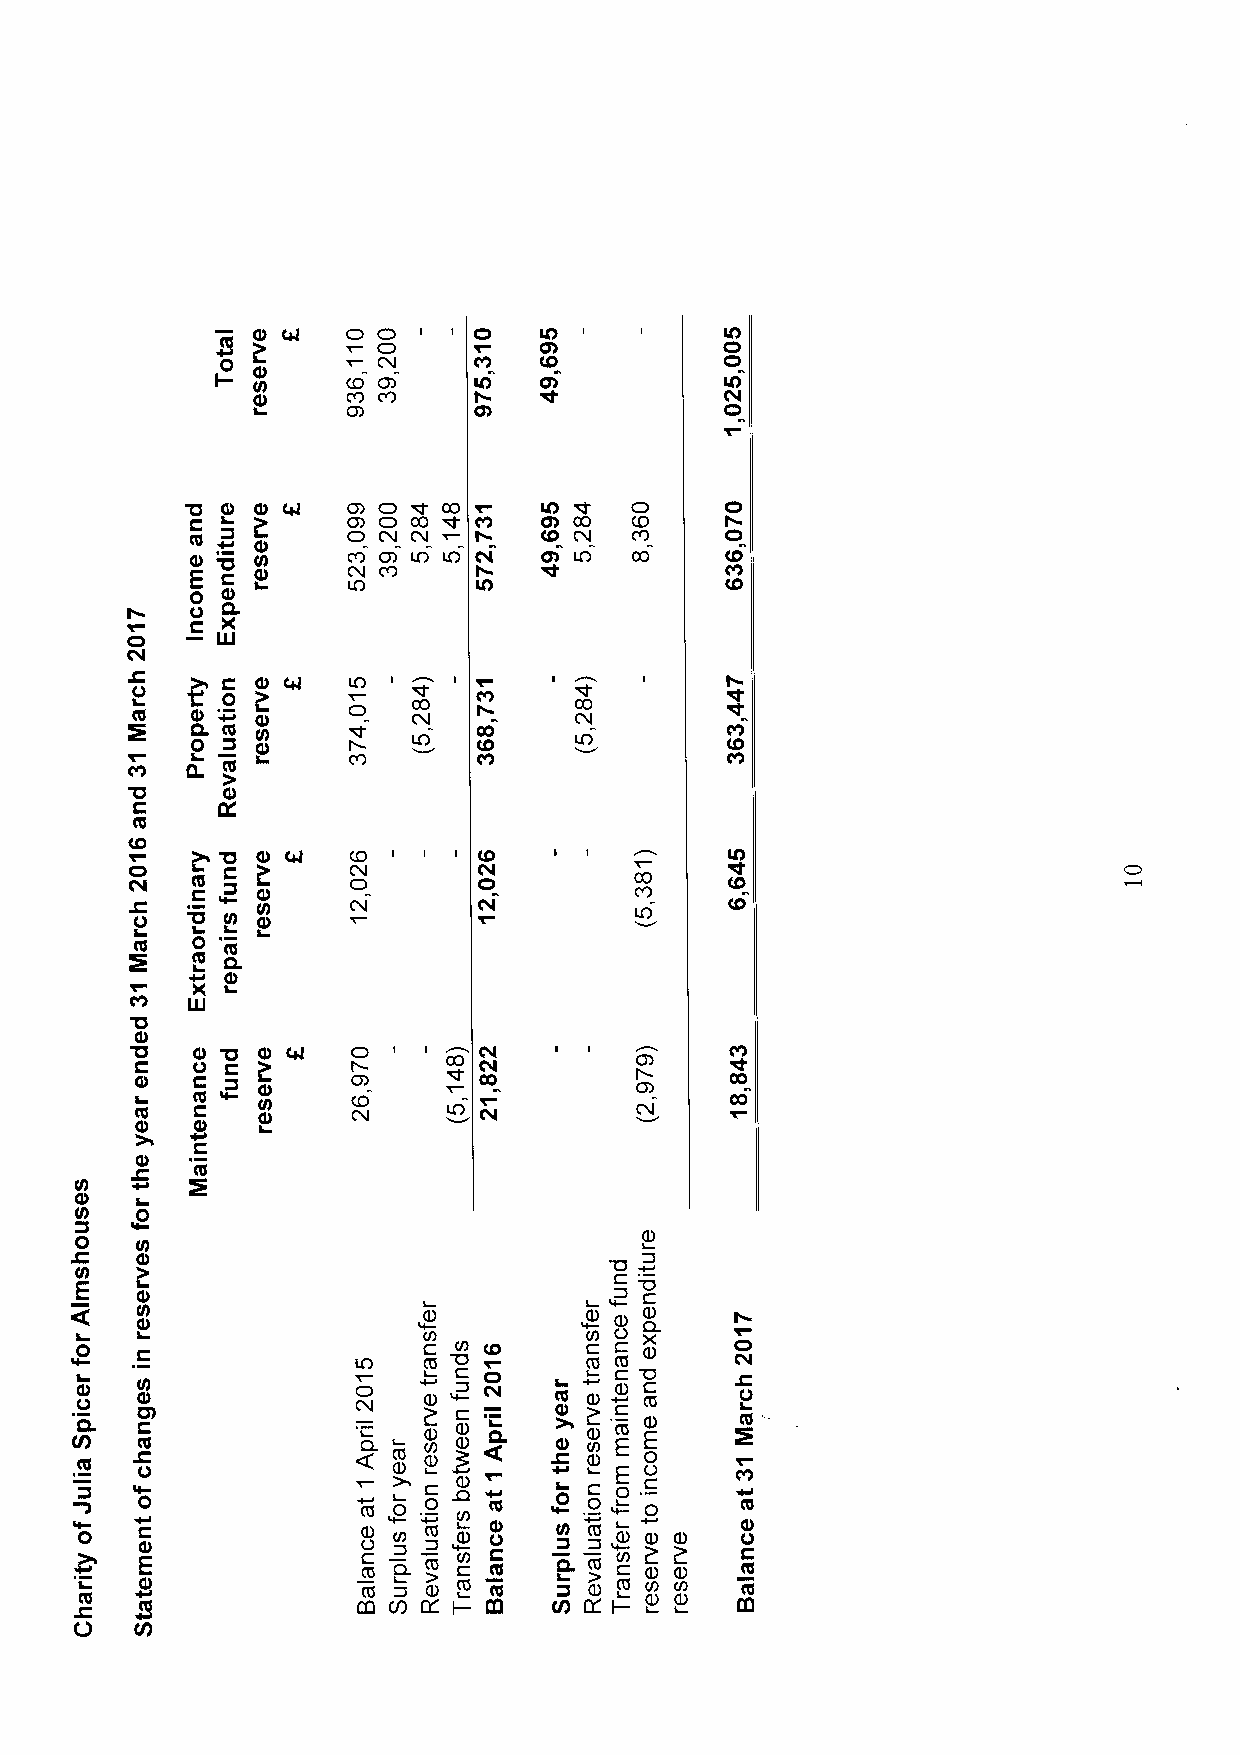
9 0      T O O 1 1 CL CLO D       CLO )
 I-       T CV
 CO CD   LO   Ch          LO
 CD      CD               C)
 4
 0 Q       CD O O CO T  LO    O     C)
 C         COD
 CV
 CO       C CA
 O
 CO  CO
 C)
 CLL
 Q c         CD LO LO N CA LO CO    CO
 E         CV
 0 Q       LO      LO               CO
 V CL
 C
 CL    UJ
 C4                 ~
 V     C          I   I
 O              00
 C0  Q
 Q.
 0 CLL              CO    LO
 CO
 CLL
 'o
 Q
 C
 C0
 CD
 (O       CO   I 1
 C)    C
 C4  C0        O        C)
 C
 'V
 V     N
 C0
 C0
 Q
 0  LU
 Q
 'U  Q         O
 C   V                  CIL
 Q   C         CD       00              CO
 C C0      CO                       Ca
 C0            CV
 Q   Q
 C
 Q
 C0
 0)
 Q
 L0
 V)
 0   II                                S
 C Q0                            0
 tO
 E
 CA
 S           I SI— C S
 L0  Q                  I V CI— )
 CD
 V CI) O C C X SL
 LO
 Q V
 0.
 Q Q
 Ul
 O
 2 S S L
 C0
 S
 S CI C ( S0 V
 C0
 V)  C0                     O.       E E 0
 CLL V                ~              E O
 II0            I I0 C       0 C 0 0 C 0
 CLL
 0   C Q            O (n  IS Q V C tO ( I )6 IS S 2
 E                  m        Q.  C S
 CLL
 9Q             Em ( Q6 KD S IC —0 KC CCO
 lL
 CL
 II
 CS
 L'
 IC —G CSo
 O
 Cil